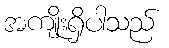
အကျိုးရှိပါသည်